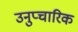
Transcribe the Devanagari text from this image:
उनुप्चारिक